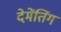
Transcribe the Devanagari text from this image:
देमेंतिंग